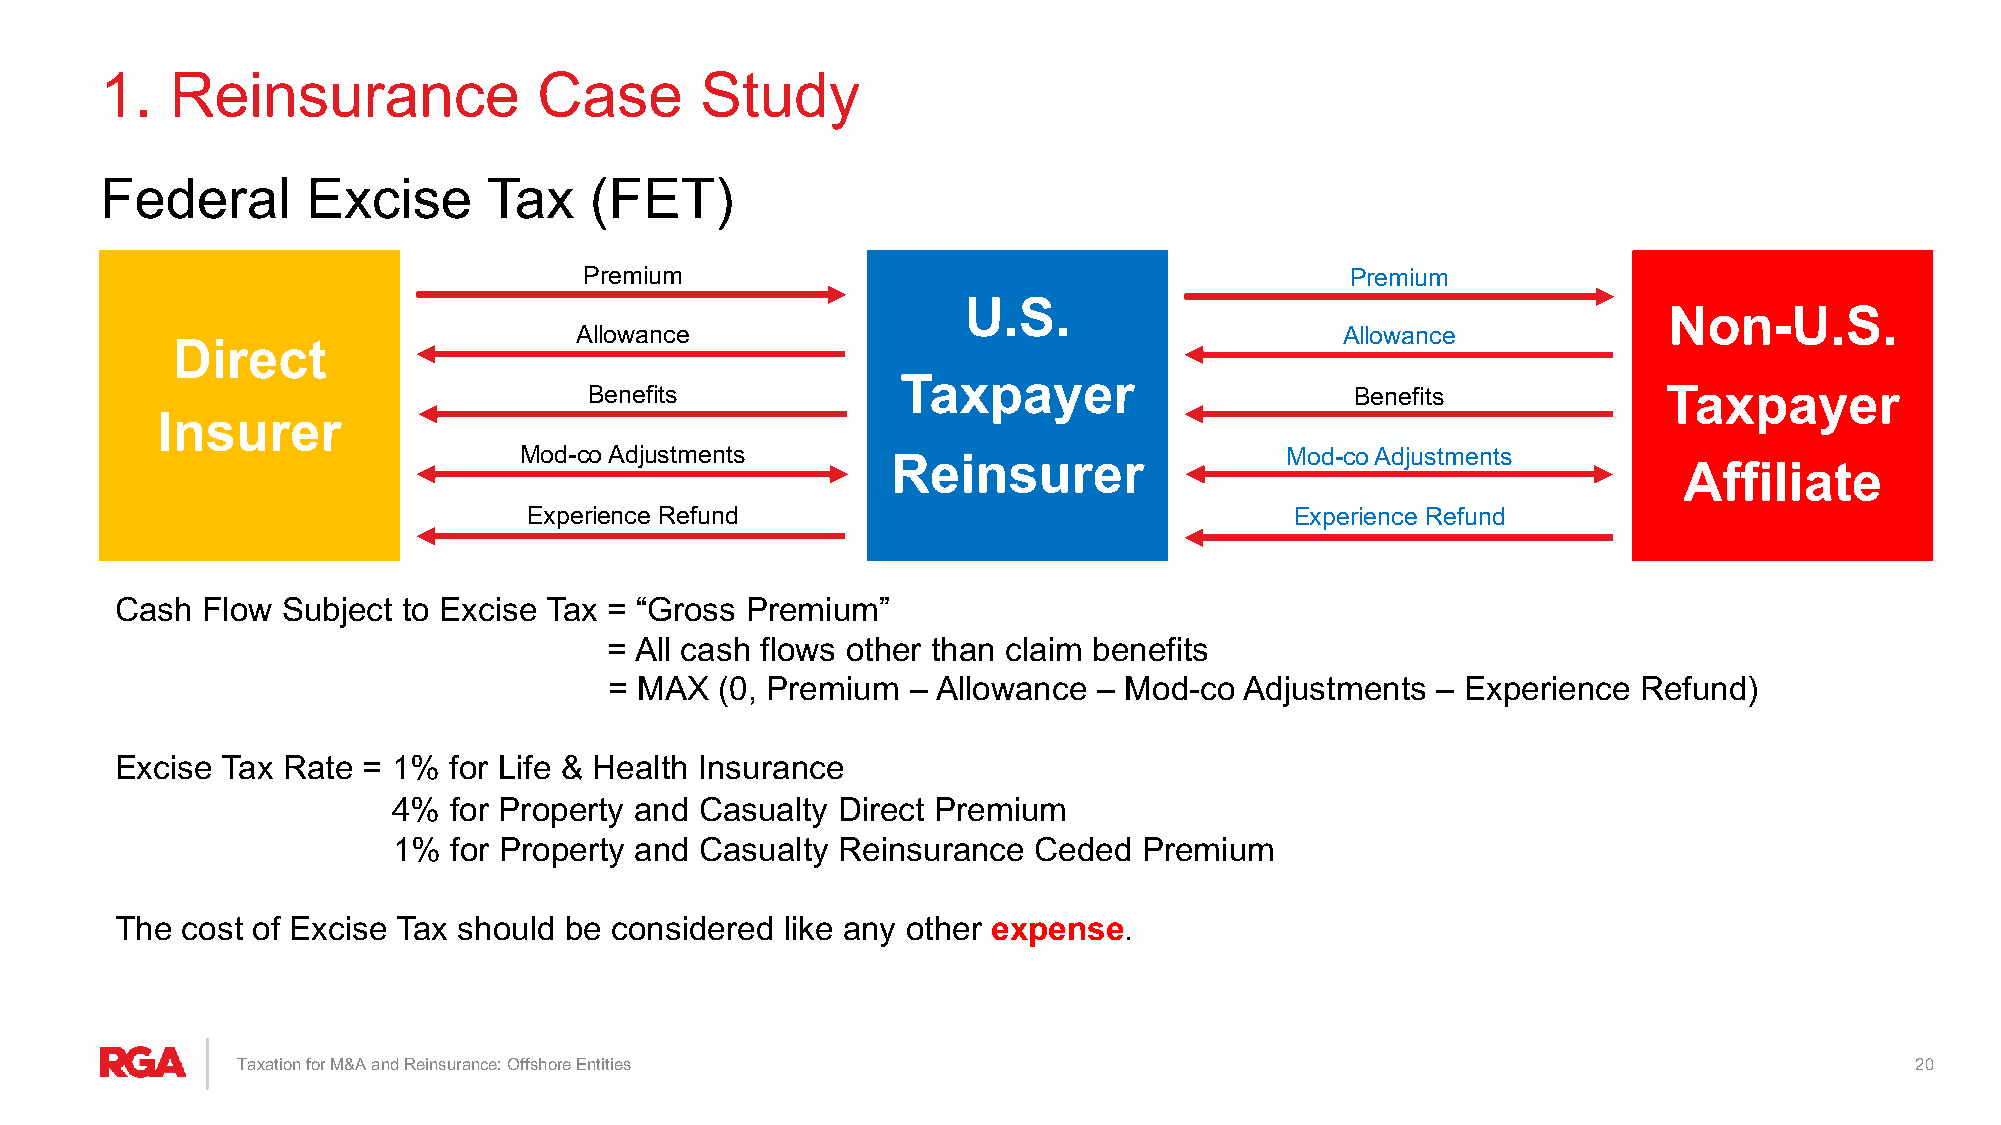
1.  Reinsurance              Case      Study
 Federal      Excise      Tax    (FET)
 Premium                                           Premium
 U.S.
 Non-U.S.
 Allowance                                          Allowance
 Direct
 Taxpayer
 Benefits                                           Benefits            Taxpayer
 Insurer
 Mod-co Adjustments       Reinsurer                 Mod-co Adjustments
 Affiliate
 Experience Refund                                  Experience Refund
 Cash Flow  Subject to Excise Tax = “Gross Premium”
 = All cash flows other than claim benefits
 = MAX   (0, Premium – Allowance  – Mod-co Adjustments  – Experience  Refund)
 Excise Tax Rate = 1%  for Life & Health Insurance
 4%  for Property and Casualty Direct Premium
 1%  for Property and Casualty Reinsurance Ceded   Premium
 The cost of Excise Tax should be considered like any other expense.
 Taxation for M&A and Reinsurance: Offshore Entities                                                            20